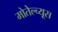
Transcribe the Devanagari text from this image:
मोतेल्च्यूस